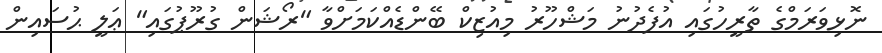
ނޮޅިވަރަމްގެ ތާރީހުގައި އުފެދުނު މަޝްހޫރު މިއުޒިކް ބޭންޑެއްކަމަށްވާ "ރޯޝަން ގުރޫޕުގައި" ޢަލީ ޙުސައިން